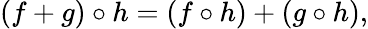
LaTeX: (f+g)\circ h=(f\circ h)+(g\circ h),